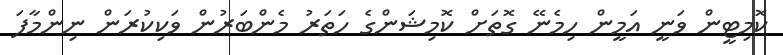
ކޮމިޓީން ވަނީ އަމީން ހިމެނޭ ގޮތަށް ކޮމިޝަންގެ ހަތަރު މެންބަރުން ވަކިކުރަން ނިންމާފަ